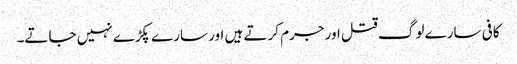
کافی سارے لوگ قتل اور جرم کرتے ہیں اور سارے پکڑے نہیں جاتے۔